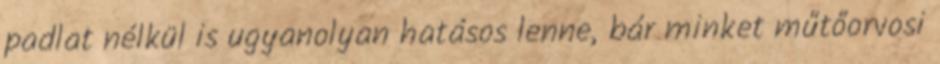
padlat nélkül is ugyanolyan hatásos lenne, bár minket műtőorvosi